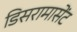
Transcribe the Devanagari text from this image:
डिसरामासेंट